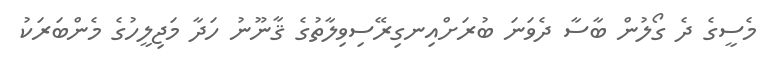
މެސީގެ ދެ ގޯލުން ބާސާ ދެވަނަ ބުރަށްއިނގިރޭސިވިލާތުގެ ޤާނޫނު ހަދާ މަޖިލީހުގެ މެންބަރަކު